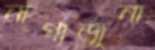
নাগার্জুনা